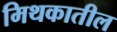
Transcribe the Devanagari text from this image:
मिथकातील